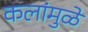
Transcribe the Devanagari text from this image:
कलांमुळे